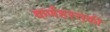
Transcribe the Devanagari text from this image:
कर्णहस्तकी